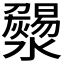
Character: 𤃄